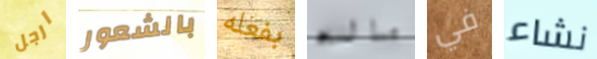
ارجل بالشعور بفعله ماله في نشاء